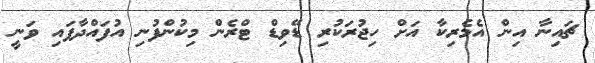
ޗައިނާ އިން އެމެރިކާ އަށް ހިޖުރަކުރި ޑޭވިޑް ޓްރެން މިކުންފުނި އުފައްދާފައި ވަނީ